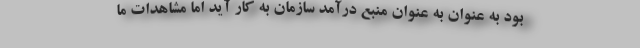
بود به عنوان به عنوان منبع درآمد سازمان به کار آید اما مشاهدات ما